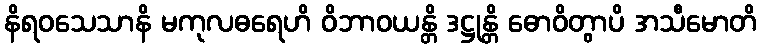
နိရဝသေသာနိ မကုလဓရေဟိ ဝိဘာဝယန္တိ ဒဋ္ဌုန္တိ ဓောဝိတွာပိ အသီမောတိ